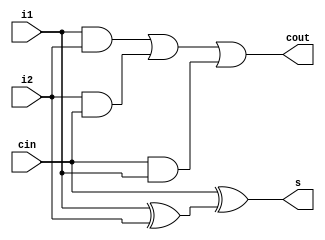
`timescale 1ns/1ns

module one_bit_adder(i1,i2,cin,s,cout);

input wire i1,i2,cin;
output reg  s,cout;

always @(i1 or i2 or cin)
begin
     s = cin^(i1^i2);
     cout= (i1&i2)| (i2&cin) | (cin & i1);
end


endmodule